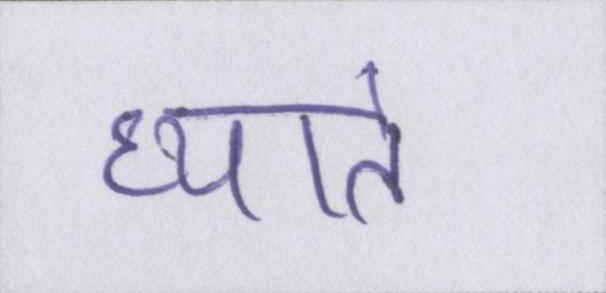
ध्याते